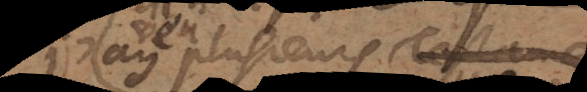
vu plusieurs